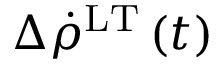
\Delta \dot { \rho } ^ { \mathrm { L T } } \left( t \right)